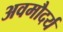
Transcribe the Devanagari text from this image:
अवमौदर्य